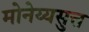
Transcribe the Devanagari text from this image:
मोनेय्यसुत्त